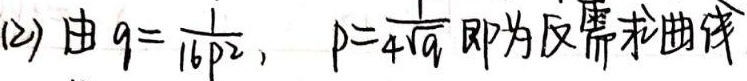
(2) 由\(q = \frac{1}{16p^{2}}\)，\(p = \frac{1}{4\sqrt{q}}\) 即为反需求曲线